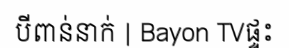
បីពាន់នាក់ | Bayon TVផ្ទះ